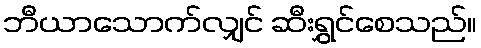
ဘီယာသောက်လျှင် ဆီးရွှင်စေသည်။